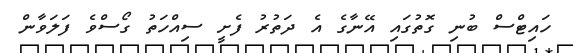
ހައިޓްސް ބުނި ގޮތުގައި އޭނާގެ އެ ދަތުރު ފެށީ ސިއްހަތު ގޯސްވެ ފަލަވާން